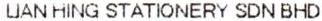
LIAN HING STATIONERY SDN BHD